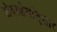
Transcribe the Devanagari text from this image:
सेवाक्षेत्रांनुसार